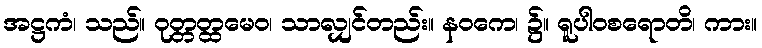
အဋ္ဌကံ၊ သည်။ ဝုတ္တတ္ထမေဝ၊ သာလျှင်တည်း။ နဝကေ၊ ၌။ ရူပါဝစရောတိ၊ ကား။